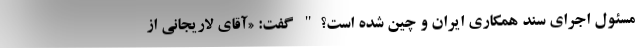
مسئول اجرای سند همکاری ایران و چین شده است؟" گفت: «آقای لاریجانی از